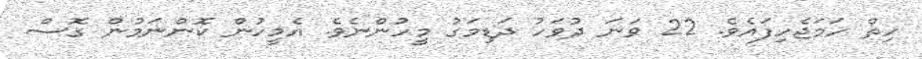
ހިތް ހަމަޖެހިފައެވެ. 22 ވަނަ ދުވަހު ދަޑިމަގު މީހުންނެވެ. އެމީހުން ކޮންނަމުން ގޮސް